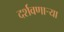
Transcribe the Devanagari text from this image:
दर्शवणार्‍या